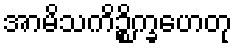
အာမိသကိဉ္စိက္ခဟေတု